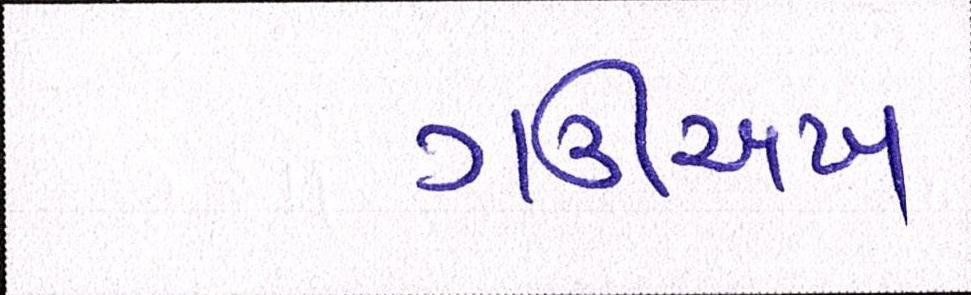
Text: ગઊઅખ